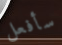
سأفعل